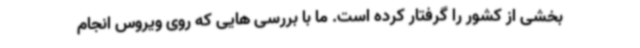
بخشی از کشور را گرفتار کرده است. ما با بررسی هایی که روی ویروس انجام